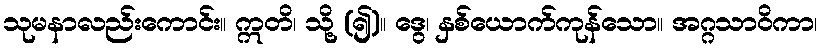
သုမနာလည်းကောင်း။ ဣတိ၊ သို့ (၍)။ ဒွေ၊ နှစ်ယောက်ကုန်သော။ အဂ္ဂသာဝိကာ၊